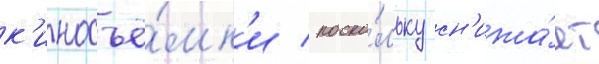
к'иносъё́мк'и / поско́льку сн'ижа́ет